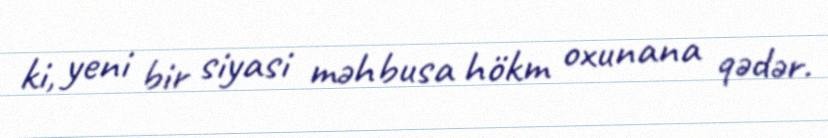
ki, yeni bir siyasi məhbusa hökm oxunana qədər.